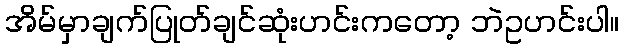
အိမ်မှာချက်ပြုတ်ချင်ဆုံးဟင်းကတော့ ဘဲဥဟင်းပါ။